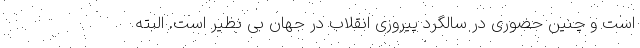
است و چنین حضوری در سالگرد پیروزی انقلاب در جهان بی نظیر است. البته